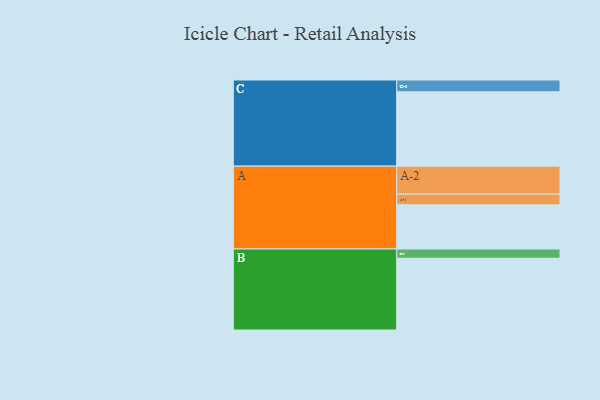
{"axis": {"x": "Segment", "y": "Value"}, "legend": ["", "A", "B", "C"], "data": [{"x": "A", "y": 319, "type": ""}, {"x": "B", "y": 518, "type": ""}, {"x": "C", "y": 537, "type": ""}, {"x": "A-1", "y": 77, "type": "A"}, {"x": "A-2", "y": 202, "type": "A"}, {"x": "B-1", "y": 67, "type": "B"}, {"x": "C-1", "y": 85, "type": "C"}]}